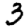
Digit: 3